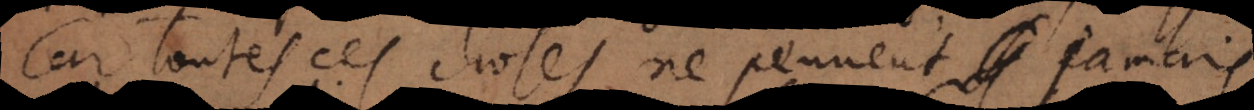
car toutes ces choses ne peuvent jamais